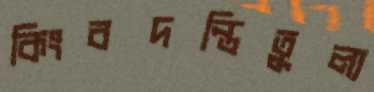
কিংবদন্তিতুল্য